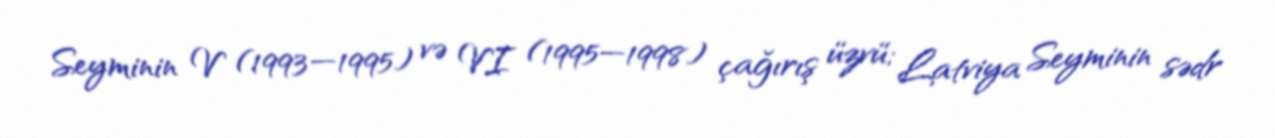
Seyminin V (1993—1995) və VI (1995—1998) çağırış üzvü; Latviya Seyminin sədr